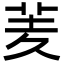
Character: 羐